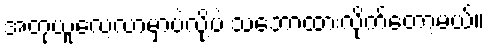
အတုယူလေ့လာမှာပဲလို့ပဲ သဘောထားလိုက်တော့မယ်။